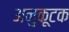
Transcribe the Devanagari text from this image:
अनुकूटक